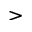
>